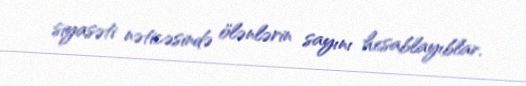
siyasəti nəticəsində ölənlərin sayını hesablayıblar.